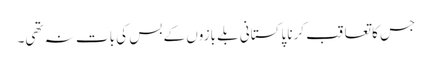
جس کا تعاقب کرنا پاکستانی بلے بازوں کے بس کی بات نہ تھی۔